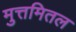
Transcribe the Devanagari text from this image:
मुत्तमितल